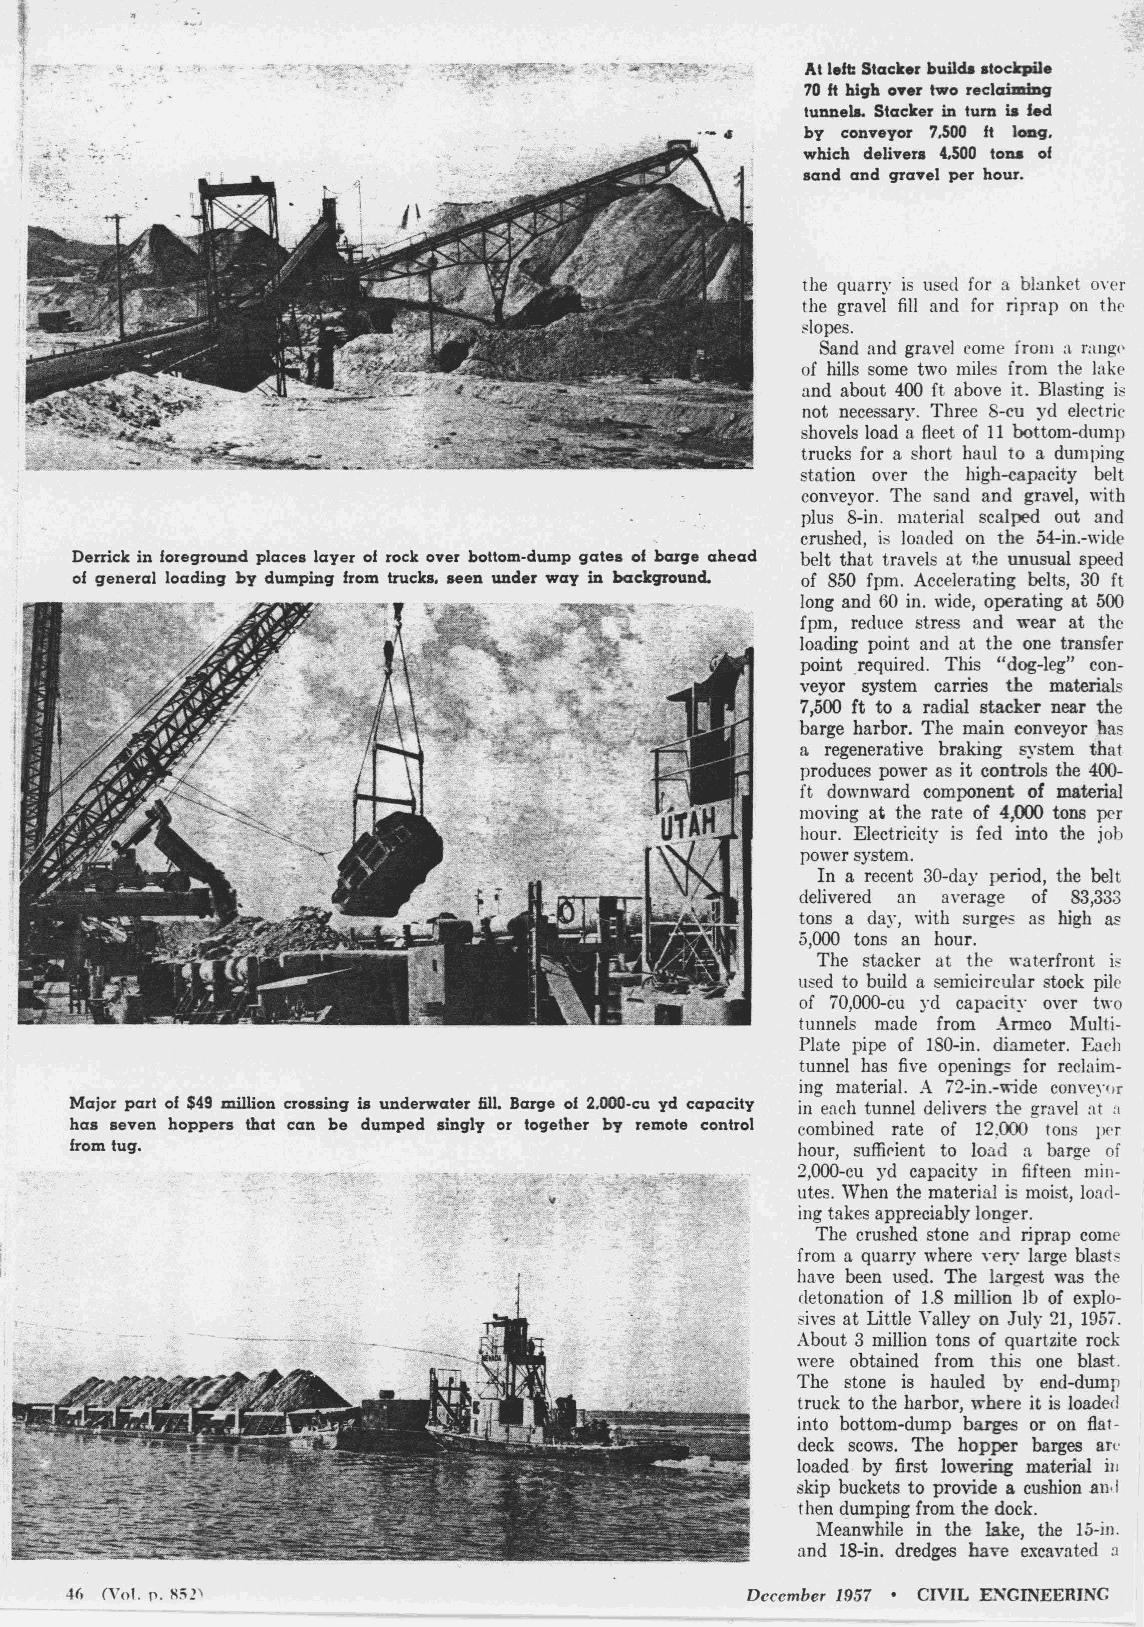
At left: Stacker builda atodrpile
 70 ft high O'Hr two reclaiming
 tunnela. Stacker in tum is fed
 by conveyor 7,500 ft long,
 which delivers 4,500 tona of
 sand and gravel per hour.
 the quarry is used for a b!:lnket onr
 the gravel fill and for riprap on the
 slopes.
 Sand and gravel come from ;1 rang<'
 of hills some two miles from the lake
 and about 400 ft above it. Blasting is
 not necessary. Three 8-cu yd electric
 shovels load a fleet of 11 bottom-dump
 trucks for a short haul to a durn ping
 station over the high-capacity belt
 conveyor. The sand and gravel, with
 plus 8-in. material scalped out and
 crushed, is loaded on the 54-in.-wi<le
 Derrick in foreground places layer of rock over bottom-dump gates of barge ahead belt that travels at t,he unusual speed
 of general loading by dumping from trucks, seen under way in background. of 850 fprn. Accelerating belts, 30 ft
 long and 60 in. wide, operating at 500
 fpm, reduce stress and wear at the
 loading point and at the one transfer
 point required. This "dog-leg" con
 veyor system carries the materials
 7,500 ft to a radial stacker near the
 barge harbor. The main conveyor has
 a regenerative braking system that
 produces power as it controls the 400-
 f t downward component of material
 moving at the rate of 4,000 tons per
 hour. Electricity is fed into the job
 power system.
 In a recent 30-day period, the belt
 delivered an a,·erage of 83,333
 tons a day, with surg~ as high as
 5,000 tons an hour.
 The stacker at the waterfront i,
 used to build a semicircular stock pile
 of 70,000-cu yd capacity over two
 tunnels made from Armco Multi
 Plate pipe of 180-in. diameter. Each
 tunnel has five openings for reclaim
 ing material. A 72-in.-wide conwyrir
 Major part of $49 million crossing is underwater fill. Barge of 2.000-cu yd capacity in each tunnel delivers the gravel :1t a
 has seven hoppers that can be dumped singly or together by remote control combined rate of 12,000 tons per
 from tug.                                       hour, suffirient to load a barge of
 2,000-cu yd capacity in fifteen min
 utes. When the material is moist, load
 ing takes appreciably longer.
 The crushed stone and riprap come
 from a quarry where w·ry large blasts
 have been used. The largest wa.s the
 detonation of 1.8 million lb of explo
 sives at Little Yalley on July 21, 195i.
 About 3 million tons of quartzite rock
 were obtained from this one blast.
 The stone is hauled by end-dump
 truck to the harbor, where it is loaded
 into bottom-dump barges or on flat
 deck scows. The hopper barges arc
 loaded by first lowering material ii,
 skip buckets to provide a cushion an, I
 then dumping from the dock.
 Meanwhile in the lake, the 15-in.
 and 18-in. dredges ha,e excavated a
 46 (Vol. p. SS!'                             December 1957 • CIVIL ENGINEERING